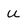
Character: U